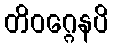
တိဝဂ္ဂေနပိ